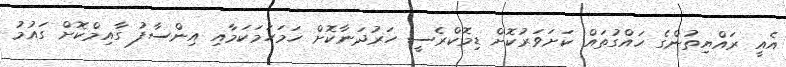
އެއީ ރައްޔިތުންގެ ހައްގުތައް ކަށަވަރުކޮށް ޑިމޮކްރެސީ ހަރުދަނާކޮށް ހަމަހަމަކަމާއި އިންސާފު ގާއިމްކޮށް ގައުމު